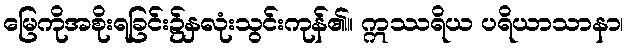
မြေကိုအစိုးရခြင်း၌နှလုံးသွင်းကုန်၏။ ဣဿရိယ ပရိယာသာနာ၊